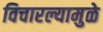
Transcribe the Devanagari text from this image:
विचारल्यामुळे